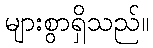
များစွာရှိသည်။